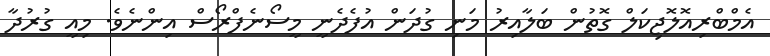
އެމްބްރިއޮލޮޖިކަލް ގޮތުން ބަލާއިރު މަނި ގުދަން އުފެދެނީ މީސޯނެފްރޯސް އިންނެވެ. މިއީ ގުރުދާ